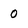
Character: o